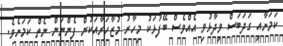
ކަމަށާއި ގަދަބަސް ވިދާޅުވި އެއްވެސް ބޭފުޅަކު މިހާރު މުޒާހަރާއަކުން ފެންނަން ނެތް ކަމަށެވެ.